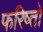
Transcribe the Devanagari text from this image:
फरिष्तो